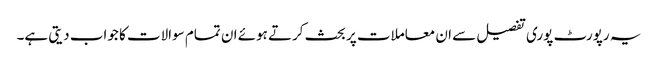
یہ رپورٹ پوری تفصیل سے ان معاملات پر بحث کرتے ہوئے ان تمام سوالات کا جواب دیتی ہے۔